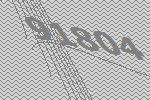
91804